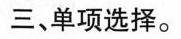
三、单项选择。